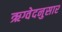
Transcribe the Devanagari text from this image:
ऋग्वेदनुसार